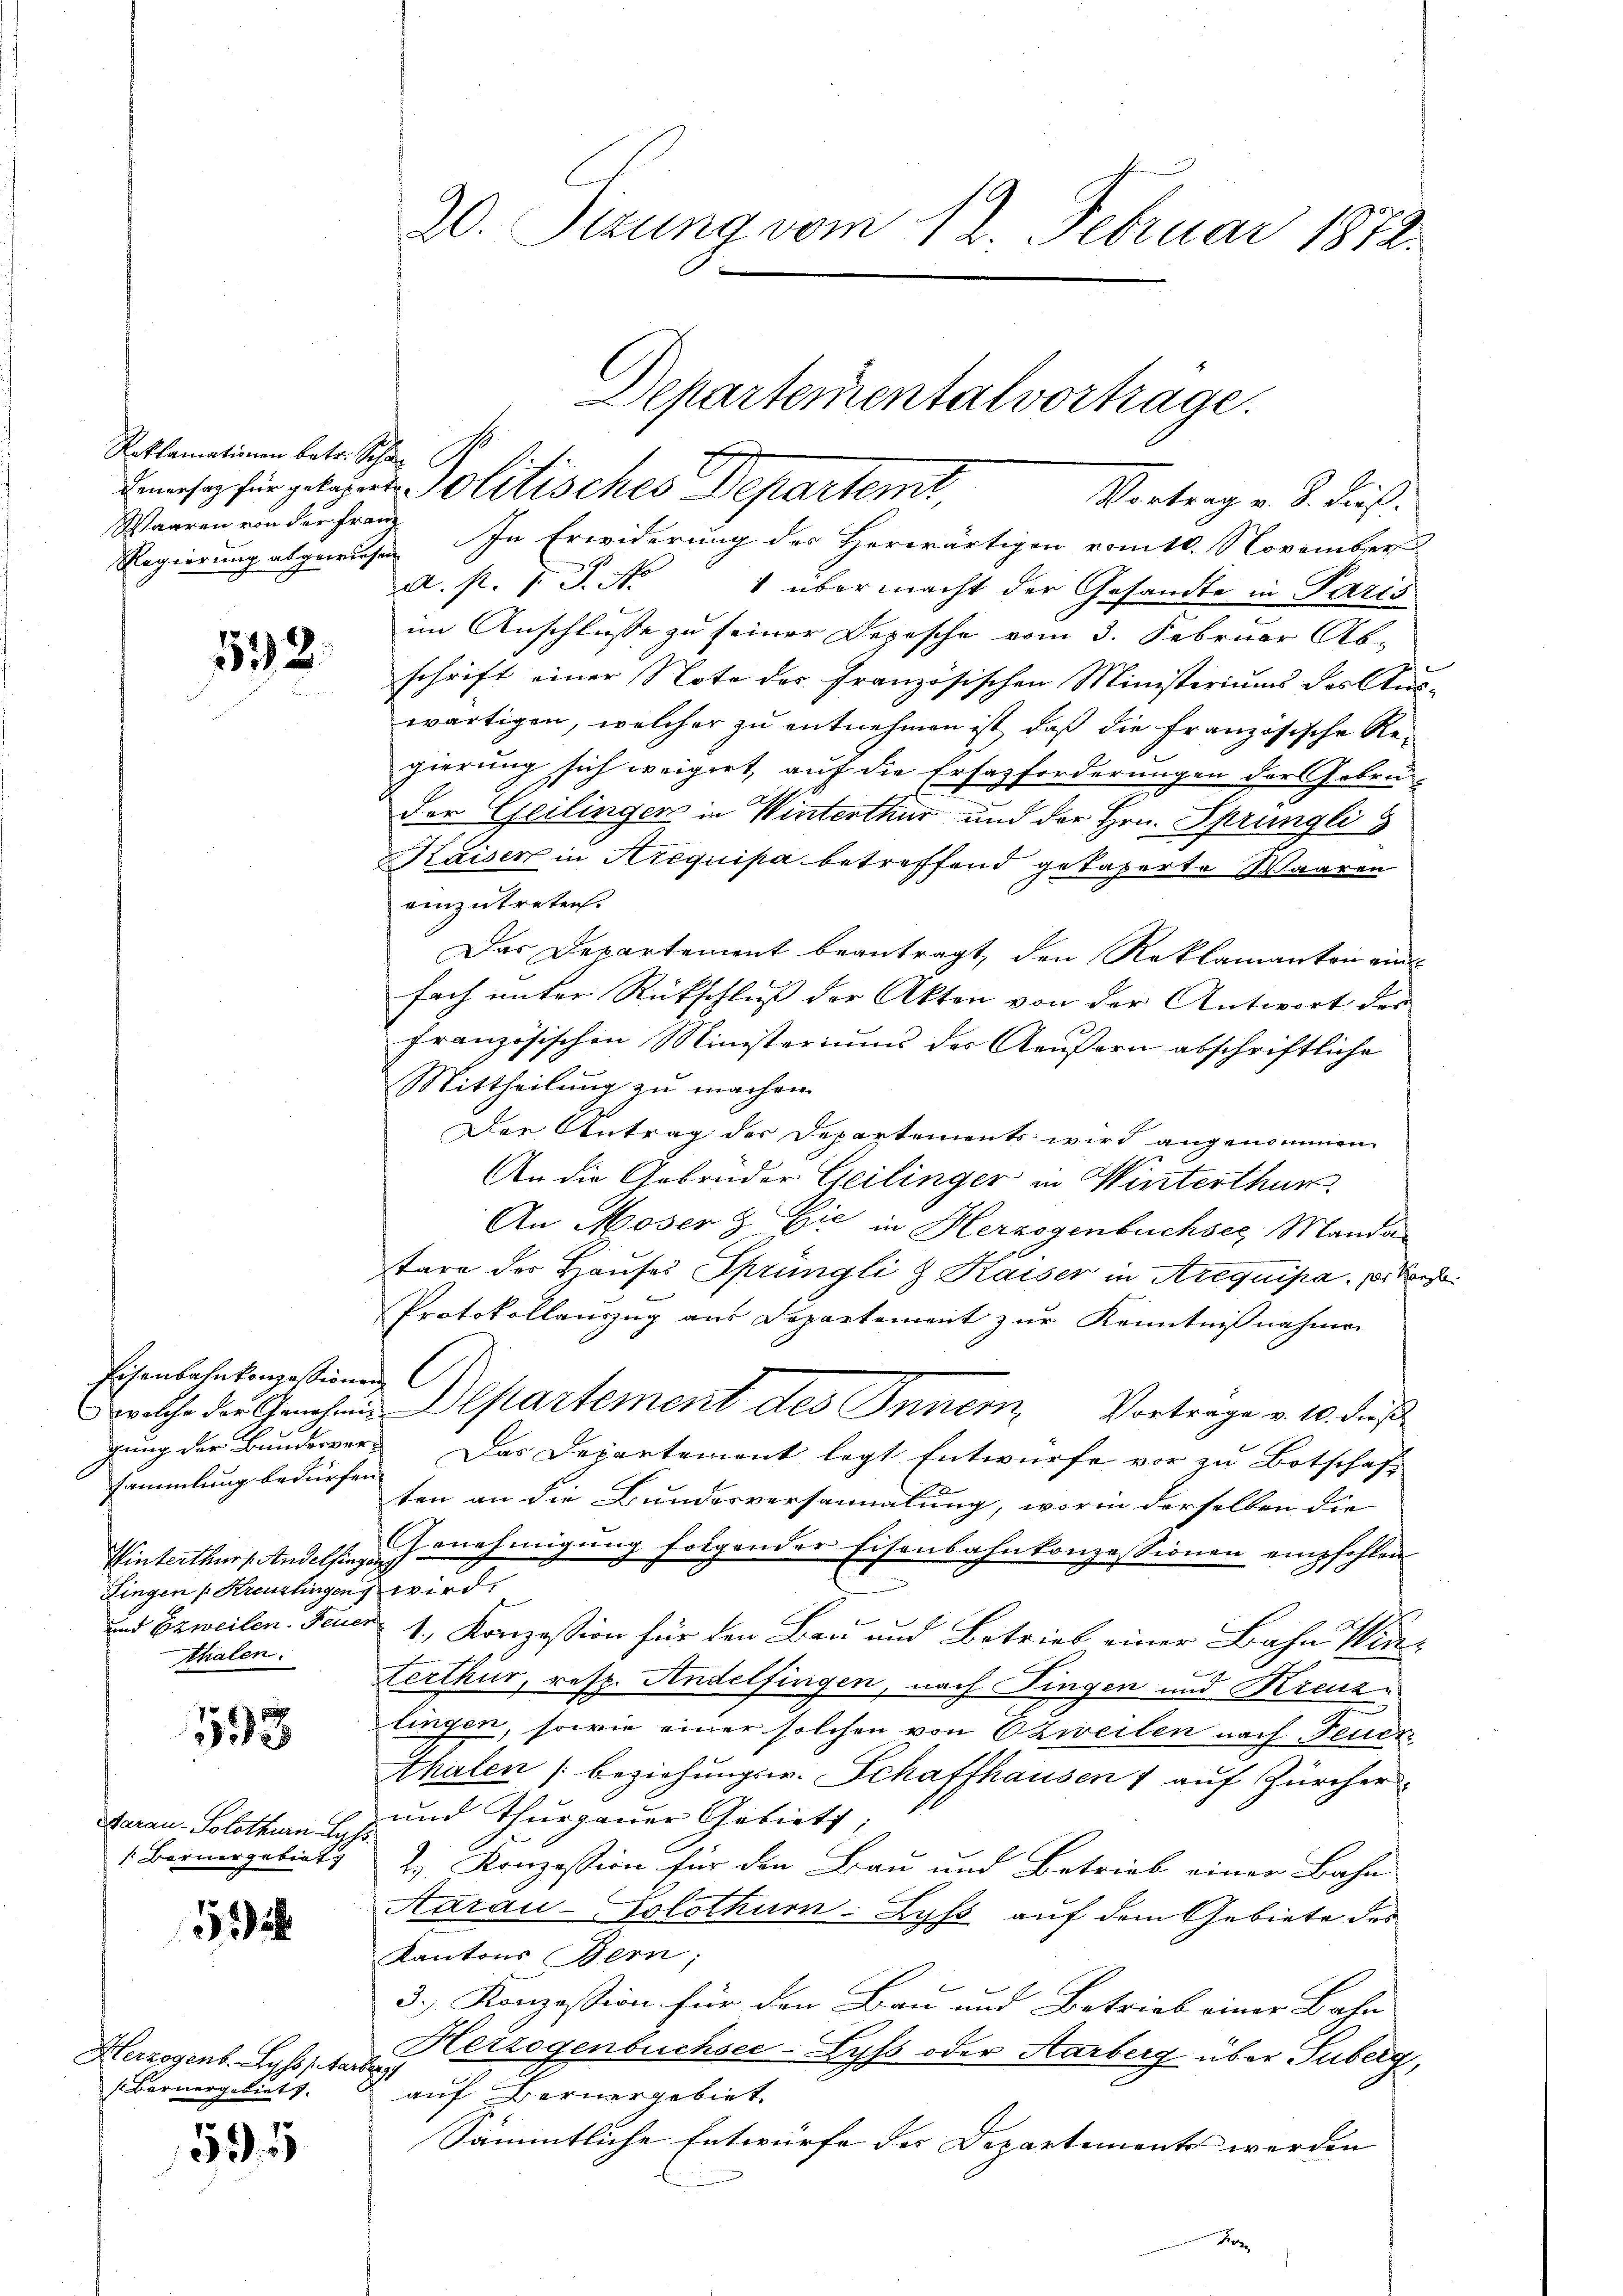
Reklamationen betr. Scha
Waaren von der Franz

1532.

Eisenbahnkonzessione
welche der Genehmigung der Bunderver
sammlung bedürfe.
Winterthur 1. Andelfing
Fingen Kreuzlingen
und Erweilen. Feuer
thalen.

393

Aarau - Solothurn Lyz
 Bernergebiet

12

Herzogent. Lyssstan
(Bernergebiets.

595

20. Sitzung vom 12. Februar 1872.

Dehartementalvortrage.

diese für gelegens olitisches Departeme,
Regierung abgewiesen. In Erwiderung des Herwärtigen vom 10. November
u
A. f. 1 S. No
1 übermacht der Gesandte in Paris
im Anschlüsse zu seiner Depesche vom 3. Februar Ab-
schrift einer Note des französischen Ministiriums des Aus-
wärtigen, welcher zu entnehmen ist, daß die Französische Regierung sich weigert, auf die Ersatzforderungen der Gebrüder Geilingen in Winterthur und der Hrn. Sprüngli
Kaiser in Arequipa betreffend getaperte Waaren
einzutreten.
Das Departement beantragt, den Reklamanten ein
fach unter Rückschluß der Akten von der Antwort des
französischen Ministeriums des Aeußern abschriftliche
Mittheilung zu machen.
Der Antrag der Departements wird angenommen
An die Gebrüder Geilinger in Winterthur.
An Moser & Cie in Herzogenbuchsee, Manda
tare des Hauses Sprüngli & Kaiser in Arequipa. p. Bez
Protokollauszug aus Departement zur Kenntnißnahmen
ich
Departement des Innern, Vortrage v. 10. dieß
 Das Departement legt Entwurfe vor zu Botschaf¬
und
ten an die Bundesversammlung, worin derselben die
Genehmigung folgender Eisenbahnkonzessionen empfohlen
wird
 1., Konzession für den Bau und Betrieb einer Bahn Wint
Certhur, resp. Andelfingen, nach Fingen und Kreuzlingen, sowie einer solchen von zweilen nach Feuer
thalen (Beziehungsw. Schaffhausen 1 auf Zürcher
 und Thurgauer Gebiets;
2. Konzession für die Bau und Betrieb einer Bahn
Aarau Solothurn Lyss auf dem Gebiete des
Kantons Bern;
3. Konzession für den Bau und Betrieb einer Bahn
Herzogenbüchsee-Lyss oder Aarberg über Tuberg,
r
auf Bernergebiet.
Sämmtliche Entwurfe der Departements werden

Vortrag v. S. dieß.